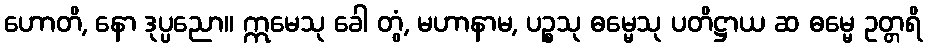
ဟောတိ, နော ဒုပ္ပညော။ ဣမေသု ခေါ တွံ, မဟာနာမ, ပဉ္စသု ဓမ္မေသု ပတိဋ္ဌာယ ဆ ဓမ္မေ ဥတ္တရိ